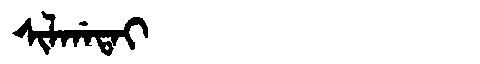
Manchu: ᠰᡳᠯᡤᠠᡨᠠᡳ
Romanization: SILGATAI